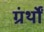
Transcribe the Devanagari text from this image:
ग्रंर्थों